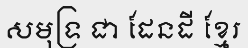
សមុទ្រ ជា ដែនដី ខ្មែរ